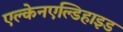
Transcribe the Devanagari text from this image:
एल्केनएल्डिहाइड